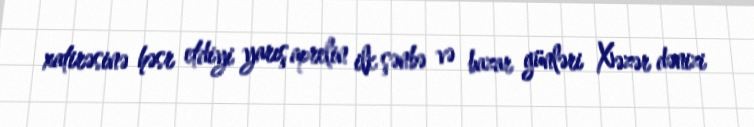
xatirəsinə həsr etdiyi yarış aprelin ilk şənbə və bazar günləri Xəzər dənizi